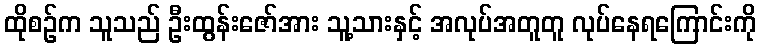
ထိုစဉ်က သူသည် ဦးထွန်းဇော်အား သူ့သားနှင့် အလုပ်အတူတူ လုပ်နေရကြောင်းကို